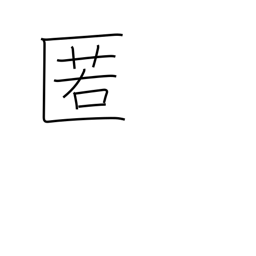
Meaning: shelter